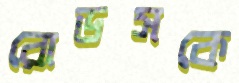
রোডসকে